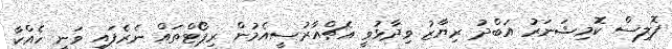
ޕޮލިސް ކޮމިޝަނަރު އަބްދު ރިޔާޒު ވިދާޅުވީ އެޗްއާރުސީއެމުން ރިޕޯޓްތައް ނެރެފައި ވަނީ ހެއްކާ